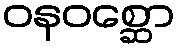
ဝနဝစ္ဆော